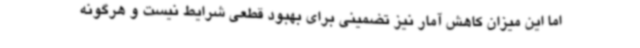
اما این میزان کاهش آمار نیز تضمینی برای بهبود قطعی شرایط نیست و هرگونه